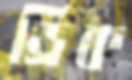
ড্রিক